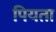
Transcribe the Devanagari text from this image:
पियता